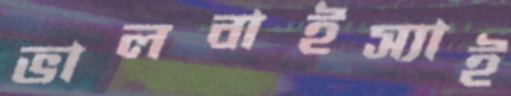
ভালবাইস্যাই